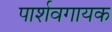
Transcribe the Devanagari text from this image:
पार्शवगायक